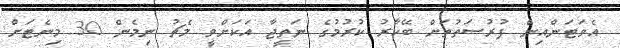
އެވަޓަންއިން ފުރުސަތުތަށް ބޭކާރު ކުރުމުގެ ނަތީޖާ އަކަށްވީ މެޗު ނިމެން 30 މިނެޓަށް